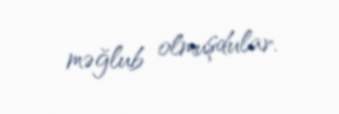
məğlub olmuşdular.